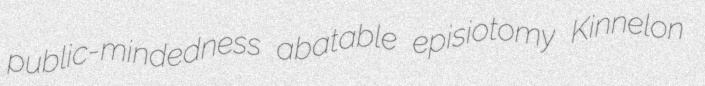
public-mindedness abatable episiotomy Kinnelon